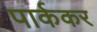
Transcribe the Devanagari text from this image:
पार्ककर